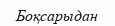
Боқсарыдан